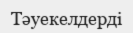
Тәуекелдерді